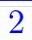
2